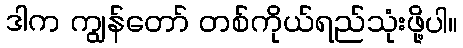
ဒါက ကျွန်တော် တစ်ကိုယ်ရည်သုံးဖို့ပါ။